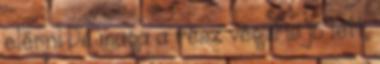
elérni De maga a rész végül is jó lett,